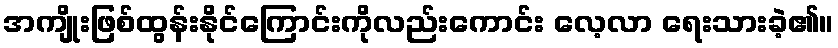
အကျိုးဖြစ်ထွန်းနိုင်ကြောင်းကိုလည်းကောင်း လေ့လာ ရေးသားခဲ့၏။